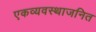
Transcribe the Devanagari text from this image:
एकव्यवस्थाजनित